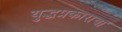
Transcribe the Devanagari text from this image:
युद्धप्रकाराचा